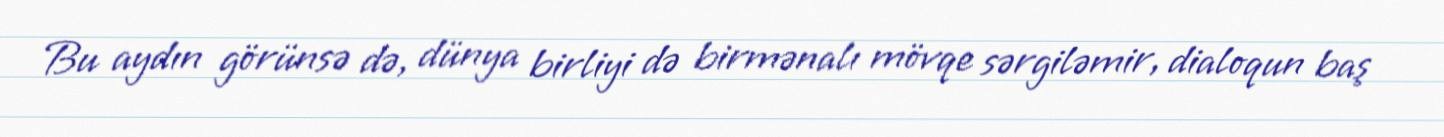
Bu aydın görünsə də, dünya birliyi də birmənalı mövqe sərgiləmir, dialoqun baş